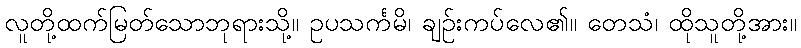
လူတို့ထက်မြတ်သောဘုရားသို့။ ဥပသင်္ကမိ၊ ချဉ်းကပ်လေ၏။ တေသံ၊ ထိုသူတို့အား။